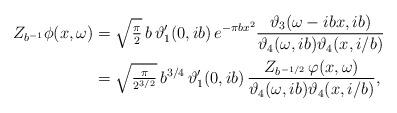
LaTeX: \begin{align*}Z_{b^{-1}} \phi(x, \omega) & = \sqrt{\tfrac{\pi}{2}} \, b \, \vartheta_1'(0, i b) \, e^{-\pi b x^2}\frac{\vartheta_3 (\omega - i b x, i b)}{\vartheta_4 (\omega, i b) \vartheta_4 (x, i/b)}\\& = \sqrt{\tfrac{\pi}{2^{3/2}}} \, b^{3/4} \, \vartheta_1'(0, i b) \,\frac{Z_{b^{-1/2}} \, \varphi (x, \omega)}{\vartheta_4 (\omega, i b) \vartheta_4 (x, i/b)},\end{align*}